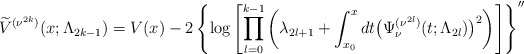
\begin{gather*} \widetilde{V}^{( \nu ^{2k}) }(x;\Lambda _{2k-1})=V(x)-2\left\{ \log \left[\prod\limits_{l=0}^{k-1}\left( \lambda _{2l+1}+\int_{x_{0}}^{x}dt\big( \Psi _{\nu }^{( \nu ^{2l}) }(t;\Lambda _{2l})\big) ^{2}\right) \right]\right\} ^{\prime \prime } \end{gather*}